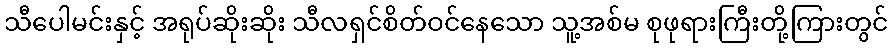
သီပေါမင်းနှင့် အရုပ်ဆိုးဆိုး သီလရှင်စိတ်ဝင်နေသော သူ့အစ်မ စုဖုရားကြီးတို့ကြားတွင်